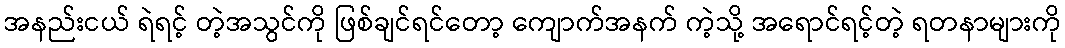
အနည်းငယ် ရဲရင့် တဲ့အသွင်ကို ဖြစ်ချင်ရင်တော့ ကျောက်အနက် ကဲ့သို့ အရောင်ရင့်တဲ့ ရတနာများကို